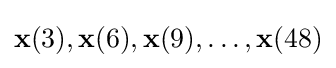
\mathbf {x} (3),\mathbf {x} (6),\mathbf {x} (9),\ldots ,\mathbf {x} (48)